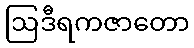
ဩဒီရကဇာတော